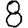
Digit: 8